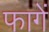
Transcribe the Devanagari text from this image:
फागें